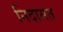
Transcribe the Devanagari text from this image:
निदामत